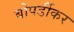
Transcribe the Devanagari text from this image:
बोपर्डीकर